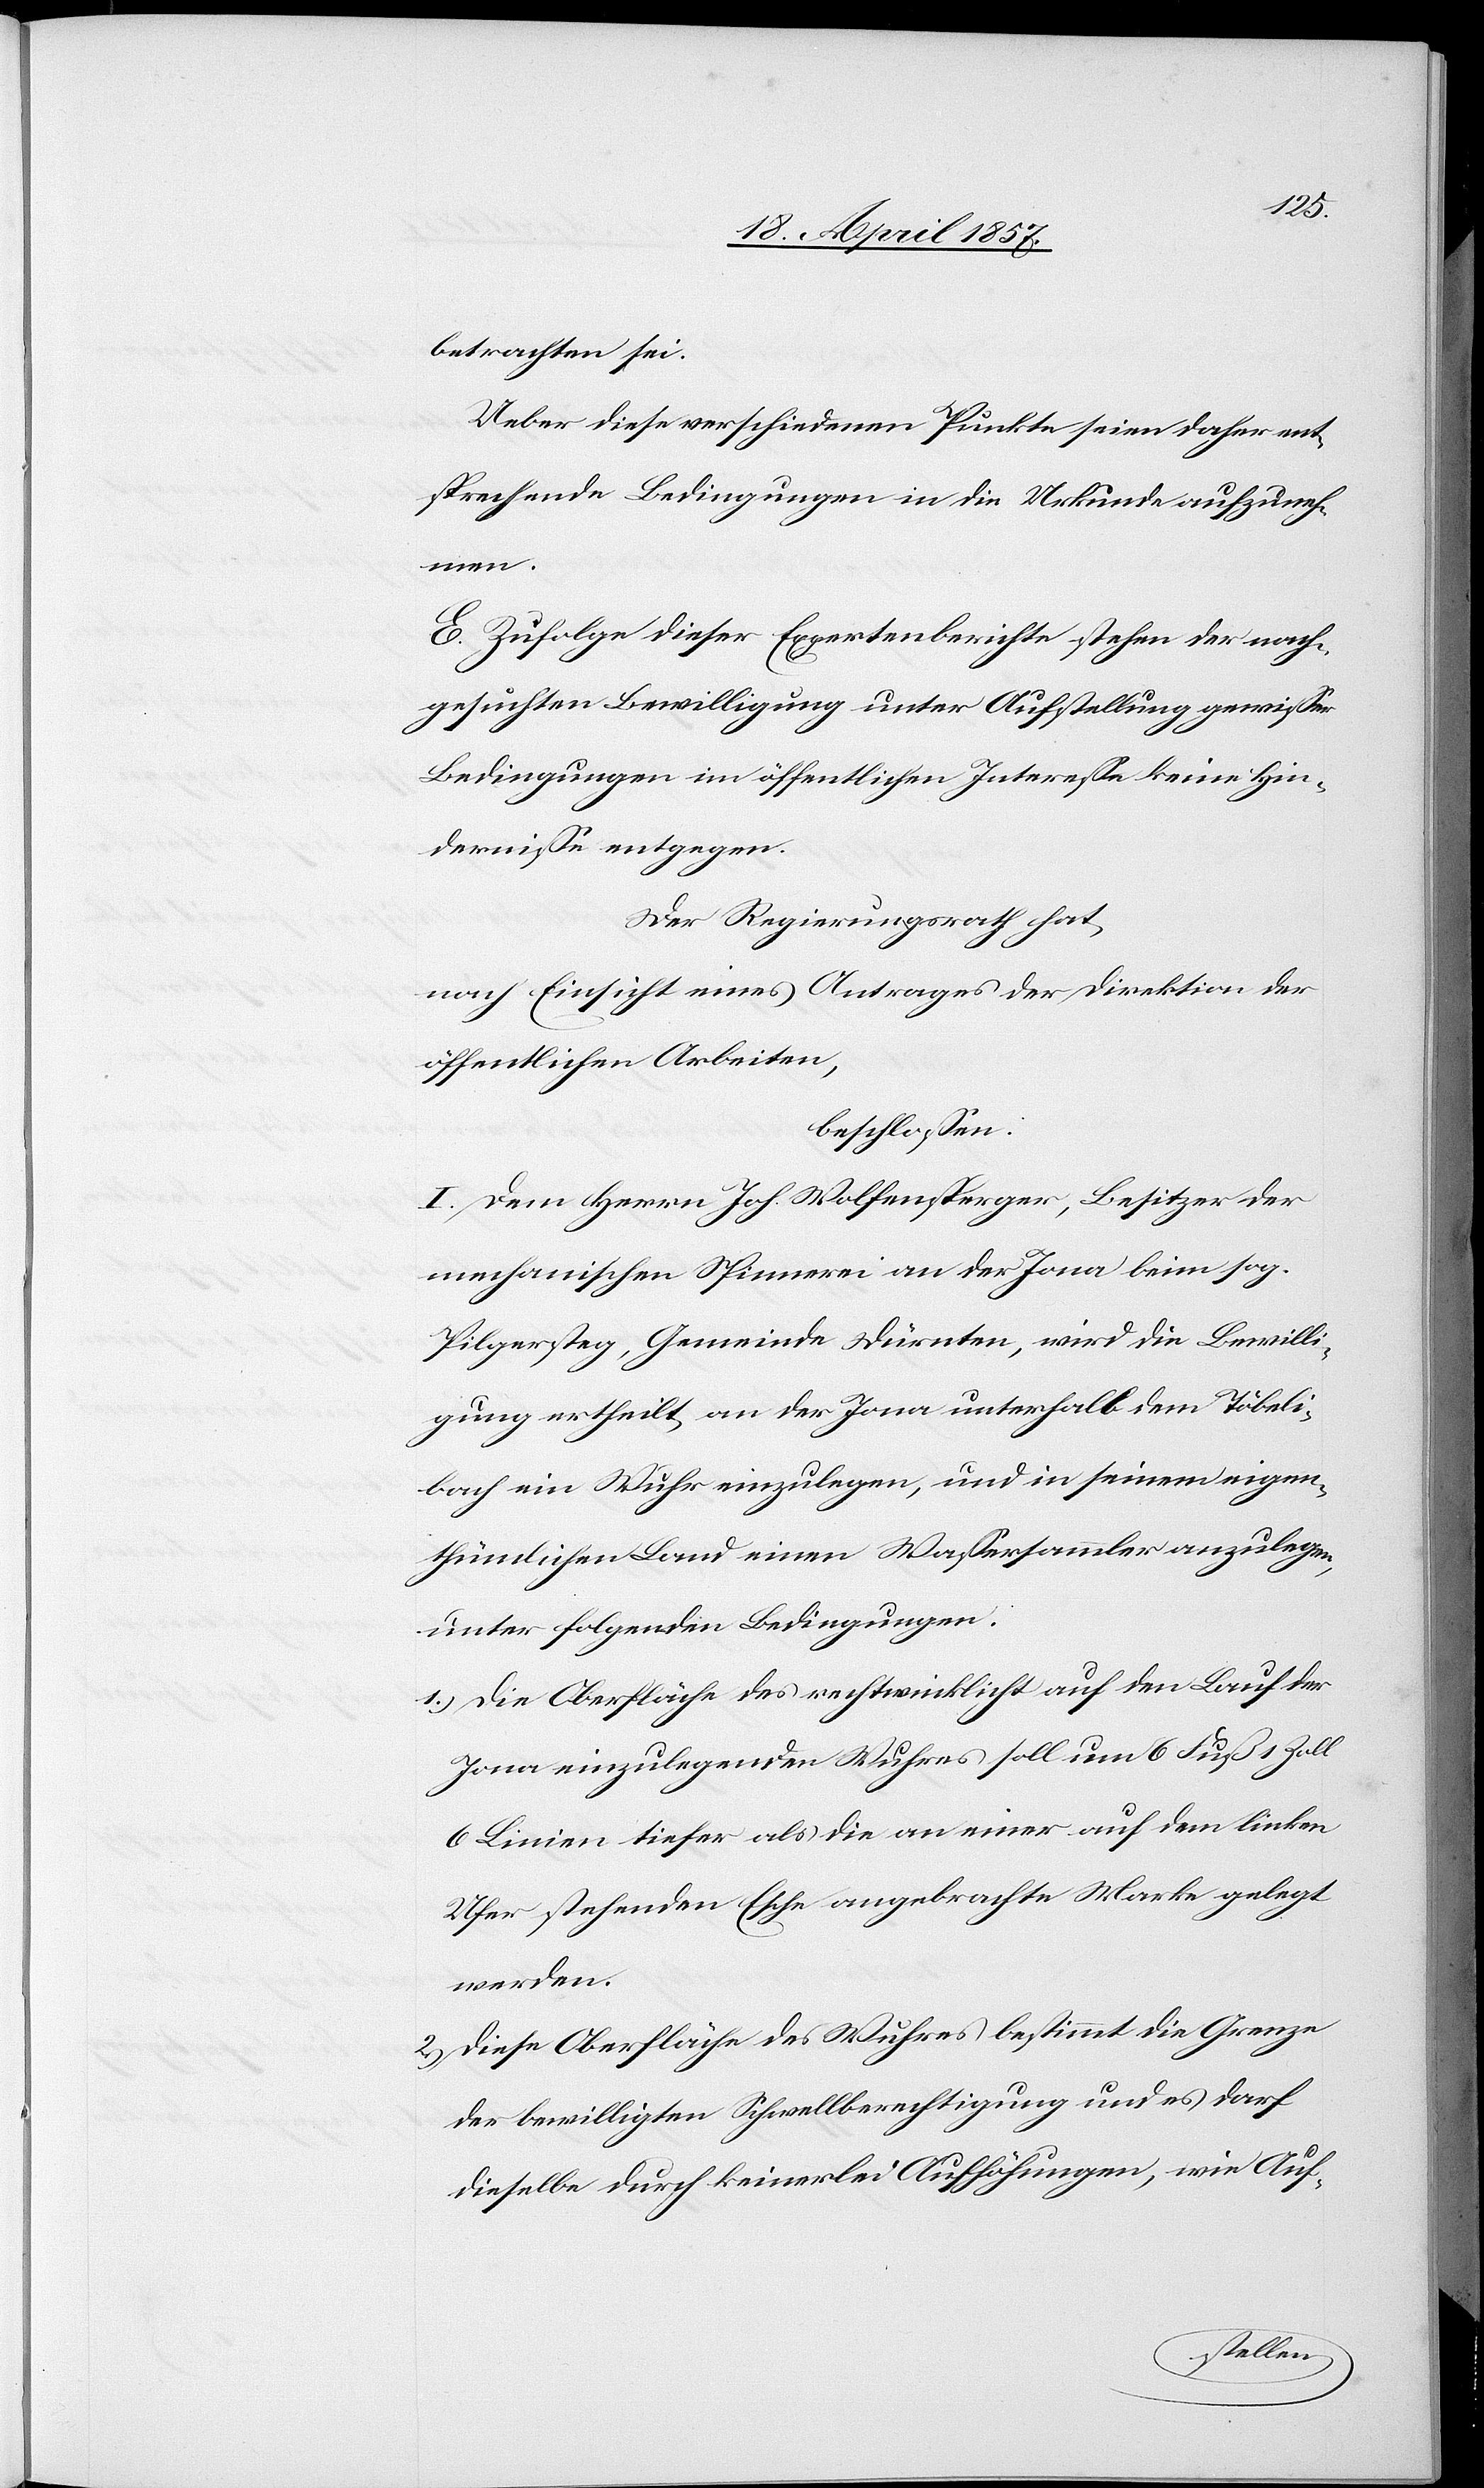
betrachten sei.
Ueber diese verschiedenen Punkte seien daher ent¬
sprechende Bedingungen in die Urkunde aufzuneh¬
en,
E. Zufolge dieser Expertenberichte stehen der nach¬
gesuchten Bewilligung unter Aufstellung gewisser
Bedingungen im öffentlichen Interesse keine Hin¬
dernisse entgegen.
Der Regierungsrath hat,
nach Einsicht eines Antrages der Direktion der
öffentlichen Arbeiten,
beschlossen:
I. Dem Herrn Joh. Wolfensperger, Besitzer der
mechanischen Spinnerei an der Jona beim sog.
Pilgersteg, Gemeinde Dürnten, wird die Bewilli¬
gung ertheilt, an der Jona unterhalb dem Töbeli¬
bach ein Wuhr einzulegen, und in seinem eigen¬
thümlichen Land einen Wassersammler anzuleg¬
unter folgenden Bedingungen:
1.) Die Oberfläche des rechtwinklicht auf den Lauf der
Jona einzulegenden Wuhres soll um 6 Fuß 1 Zoll
6 Linien tiefer als die an einer auf dem linken
Ufer stehenden Esche angebrachte Marke gelegt
werden.
2.) Diese Oberfläche des Wuhres bestimmt die Grenze
der bewilligten Schwellberechtigung und es darf
dieselbe durch keinerlei Aufhöhungen, wie Auf-